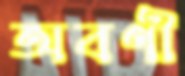
অবণী